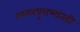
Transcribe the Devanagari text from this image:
स्थलपुराणांतही